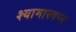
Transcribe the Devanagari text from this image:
श्यामास्वप्न